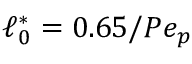
\ell _ { 0 } ^ { \ast } = 0 . 6 5 / P e _ { p }